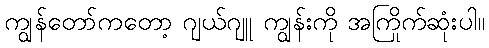
ကျွန်တော်ကတော့ ဂျယ်ဂျူ ကျွန်းကို အကြိုက်ဆုံးပါ။